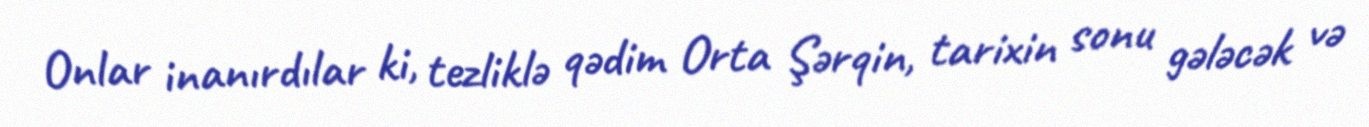
Onlar inanırdılar ki, tezliklə qədim Orta Şərqin, tarixin sonu gələcək və